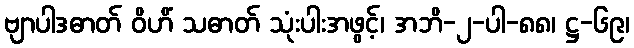
ဗျာပါဒဓာတ် ဝိဟိံ သဓာတ် သုံးပါးအဖွင့်၊ အဘိ-၂-ပါ-၈၈၊ ဋ္ဌ-၆၉၊